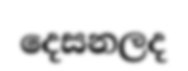
දෙසනලද